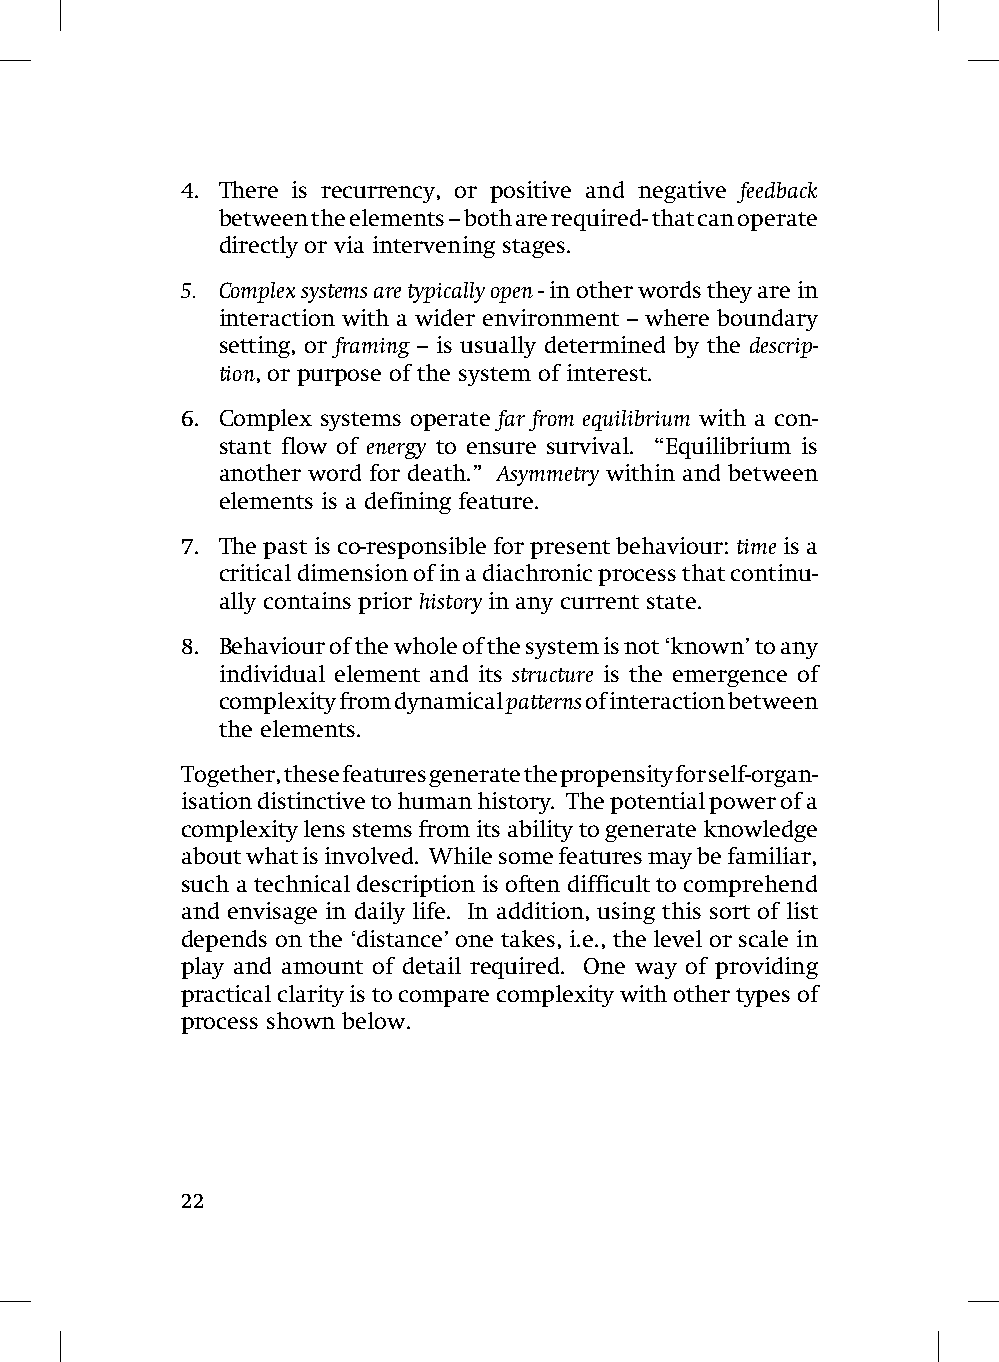
4. There is recurrency, or positive and negative feedback
 between the elements – both are required- that can operate
 directly or via intervening stages.
 5. Complex systems are typically open - in other words they are in
 interaction with a wider environment – where boundary
 setting, or framing – is usually determined by the descrip-
 tion, or purpose of the system of interest.
 6. Complex systems operate far from equilibrium with a con-
 stant flow of energy to ensure survival. “Equilibrium is
 another word for death.” Asymmetry within and between
 elements is a defining feature.
 7. The past is co-responsible for present behaviour: time is a
 critical dimension of in a diachronic process that continu-
 ally contains prior history in any current state.
 8. Behaviour of the whole of the system is not ‘known’ to any
 individual element and its structure is the emergence of
 complexity from dynamical patterns of interaction between
 the elements.
 Together, these features generate the propensity for self-organ-
 isation distinctive to human history. The potential power of a
 complexity lens stems from its ability to generate knowledge
 about what is involved. While some features may be familiar,
 such a technical description is often difficult to comprehend
 and envisage in daily life. In addition, using this sort of list
 depends on the ‘distance’ one takes, i.e., the level or scale in
 play and amount of detail required. One way of providing
 practical clarity is to compare complexity with other types of
 process shown below.
 22